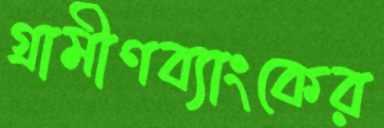
গ্রামীণব্যাংকের